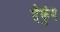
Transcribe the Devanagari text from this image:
दैफुंग